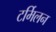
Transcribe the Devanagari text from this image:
टर्मिलन